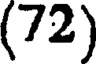
(72)